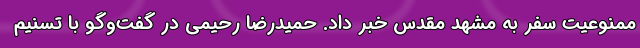
ممنوعیت سفر به مشهد مقدس خبر داد. حمیدرضا رحیمی در گفت‌و‌گو با تسنیم